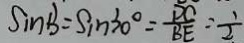
\sin B = \sin 3 0 ^ { \circ } = \frac { D C } { B E } = \frac { 1 } { 2 }